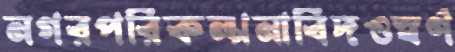
নগরপরিকল্পনাবিদওস্বর্ণ